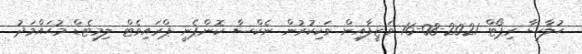
ޙުލާސާ ރިޕޯޓް 2021-08-16 ވަޒީފާއިން ވަކިކުރުން ނެކްސާ ކޮންޕެނީ ޕްރައިވެޓް ލިމިޓެޑް މުޙައްމަދު